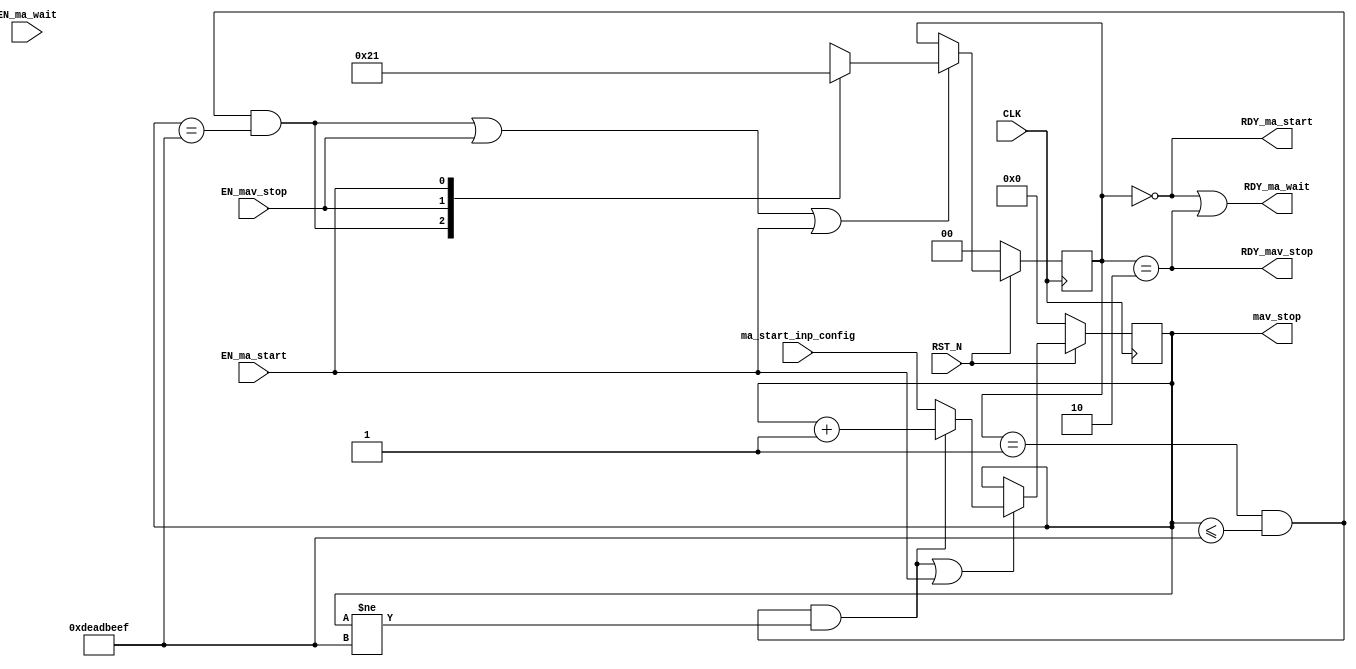
//
// Generated by Bluespec Compiler, version 2022.01 (build 066c7a8)
//
// On Mon Sep 19 10:36:18 IST 2022
//
//
// Ports:
// Name                         I/O  size props
// RDY_ma_start                   O     1
// RDY_ma_wait                    O     1
// mav_stop                       O    32 reg
// RDY_mav_stop                   O     1
// CLK                            I     1 clock
// RST_N                          I     1 reset
// ma_start_inp_config            I    32
// EN_ma_start                    I     1
// EN_ma_wait                     I     1 unused
// EN_mav_stop                    I     1
//
// No combinational paths from inputs to outputs
//
//

`ifdef BSV_ASSIGNMENT_DELAY
`else
  `define BSV_ASSIGNMENT_DELAY
`endif

`ifdef BSV_POSITIVE_RESET
  `define BSV_RESET_VALUE 1'b1
  `define BSV_RESET_EDGE posedge
`else
  `define BSV_RESET_VALUE 1'b0
  `define BSV_RESET_EDGE negedge
`endif

module mk_sample_design(CLK,
			RST_N,

			ma_start_inp_config,
			EN_ma_start,
			RDY_ma_start,

			EN_ma_wait,
			RDY_ma_wait,

			EN_mav_stop,
			mav_stop,
			RDY_mav_stop);
  input  CLK;
  input  RST_N;

  // action method ma_start
  input  [31 : 0] ma_start_inp_config;
  input  EN_ma_start;
  output RDY_ma_start;

  // action method ma_wait
  input  EN_ma_wait;
  output RDY_ma_wait;

  // actionvalue method mav_stop
  input  EN_mav_stop;
  output [31 : 0] mav_stop;
  output RDY_mav_stop;

  // signals for module outputs
  wire [31 : 0] mav_stop;
  wire RDY_ma_start, RDY_ma_wait, RDY_mav_stop;

  // register rg_data
  reg [31 : 0] rg_data;
  wire [31 : 0] rg_data_D_IN;
  wire rg_data_EN;

  // register rg_state
  reg [1 : 0] rg_state;
  reg [1 : 0] rg_state_D_IN;
  wire rg_state_EN;

  // rule scheduling signals
  wire WILL_FIRE_RL_rl_add_one;

  // inputs to muxes for submodule ports
  wire [31 : 0] MUX_rg_data_write_1__VAL_1;
  wire MUX_rg_data_write_1__SEL_1, MUX_rg_state_write_1__SEL_1;

  // action method ma_start
  assign RDY_ma_start = rg_state == 2'd0 ;

  // action method ma_wait
  assign RDY_ma_wait = rg_state == 2'd0 || rg_state == 2'd2 ;

  // actionvalue method mav_stop
  assign mav_stop = rg_data ;
  assign RDY_mav_stop = rg_state == 2'd2 ;

  // rule RL_rl_add_one
  assign WILL_FIRE_RL_rl_add_one =
	     rg_state == 2'd1 && rg_data <= 32'hDEADBEEF ;

  // inputs to muxes for submodule ports
  assign MUX_rg_data_write_1__SEL_1 =
	     WILL_FIRE_RL_rl_add_one && rg_data != 32'hDEADBEEF ;
  assign MUX_rg_state_write_1__SEL_1 =
	     WILL_FIRE_RL_rl_add_one && rg_data == 32'hDEADBEEF ;
  assign MUX_rg_data_write_1__VAL_1 = rg_data + 32'd1 ;

  // register rg_data
  assign rg_data_D_IN =
	     MUX_rg_data_write_1__SEL_1 ?
	       MUX_rg_data_write_1__VAL_1 :
	       ma_start_inp_config ;
  assign rg_data_EN =
	     WILL_FIRE_RL_rl_add_one && rg_data != 32'hDEADBEEF ||
	     EN_ma_start ;

  // register rg_state
  always@(MUX_rg_state_write_1__SEL_1 or EN_mav_stop or EN_ma_start)
  begin
    case (1'b1) // synopsys parallel_case
      MUX_rg_state_write_1__SEL_1: rg_state_D_IN = 2'd2;
      EN_mav_stop: rg_state_D_IN = 2'd0;
      EN_ma_start: rg_state_D_IN = 2'd1;
      default: rg_state_D_IN = 2'bxx /* unspecified value */ ;
    endcase
  end
  assign rg_state_EN =
	     WILL_FIRE_RL_rl_add_one && rg_data == 32'hDEADBEEF ||
	     EN_mav_stop ||
	     EN_ma_start ;

  // handling of inlined registers

  always@(posedge CLK)
  begin
    if (RST_N == `BSV_RESET_VALUE)
      begin
        rg_data <= `BSV_ASSIGNMENT_DELAY 32'd0;
	rg_state <= `BSV_ASSIGNMENT_DELAY 2'd0;
      end
    else
      begin
        if (rg_data_EN) rg_data <= `BSV_ASSIGNMENT_DELAY rg_data_D_IN;
	if (rg_state_EN) rg_state <= `BSV_ASSIGNMENT_DELAY rg_state_D_IN;
      end
  end

  // synopsys translate_off
  `ifdef BSV_NO_INITIAL_BLOCKS
  `else // not BSV_NO_INITIAL_BLOCKS
  initial
  begin
    rg_data = 32'hAAAAAAAA;
    rg_state = 2'h2;
  end
  `endif // BSV_NO_INITIAL_BLOCKS
  // synopsys translate_on

  // handling of system tasks

  // synopsys translate_off
  always@(negedge CLK)
  begin
    #0;
    if (RST_N != `BSV_RESET_VALUE)
      if (WILL_FIRE_RL_rl_add_one && rg_data != 32'hDEADBEEF)
	$display("sample_design: COMPUTE: rg_data = %h", rg_data + 32'd1);
  end
  // synopsys translate_on
endmodule  // mk_sample_design